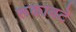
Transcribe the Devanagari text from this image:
रूकावटे